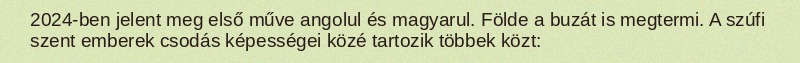
2024-ben jelent meg első műve angolul és magyarul. Földe a buzát is megtermi. A szúfi szent emberek csodás képességei közé tartozik többek közt: